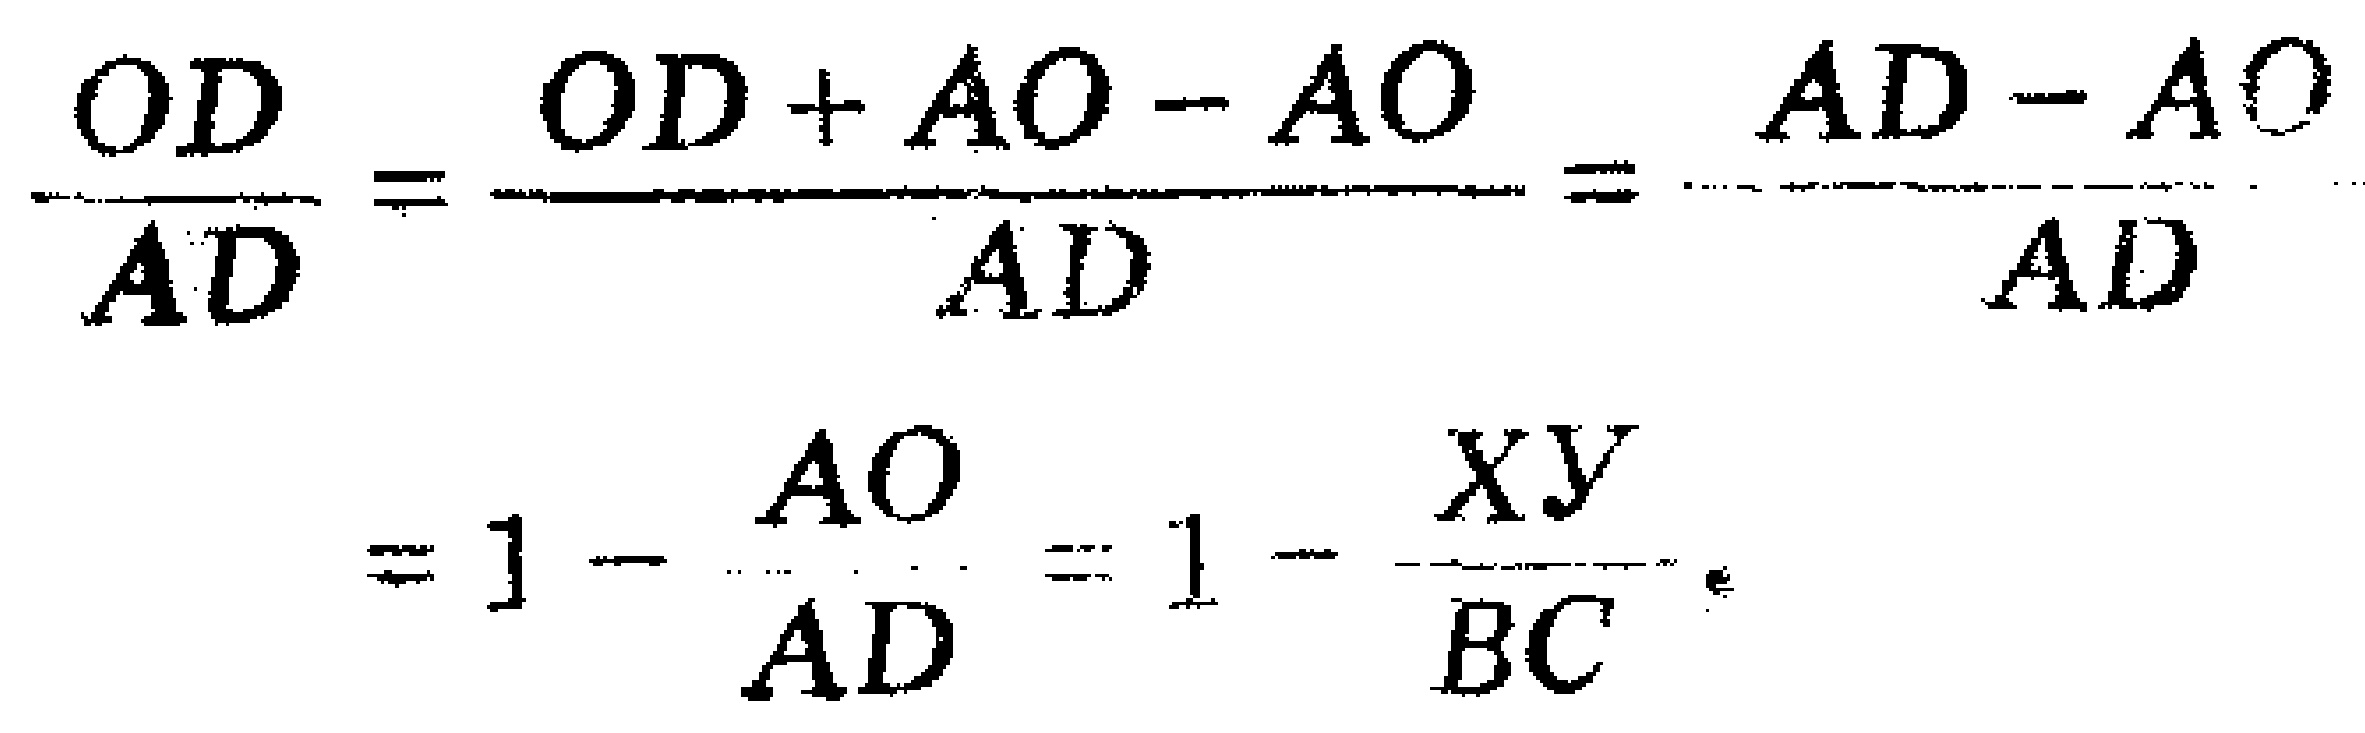
\[

\frac{OD}{AD}=\frac{OD + AO - AO}{AD}=\frac{AD - AO}{AD}=1-\frac{AO}{AD}=1 - \frac{XY}{BC}

\]